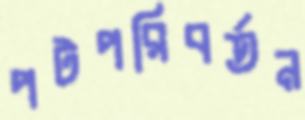
পটপরিবর্তন